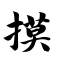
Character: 摸